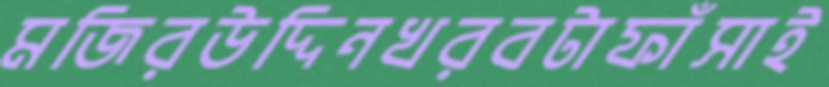
মজিরউদ্দিনখরবটাফাঁসাই